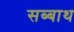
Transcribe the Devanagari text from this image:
सब्‍बाथ